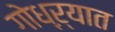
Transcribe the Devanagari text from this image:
गोध्ऱ्यात